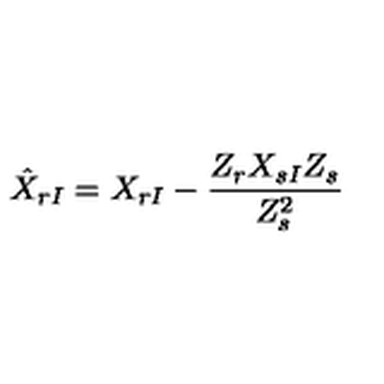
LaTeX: \hat { X } _ { r I } = X _ { r I } - { \frac { Z _ { r } X _ { s I } Z _ { s } } { Z _ { s } ^ { 2 } } }